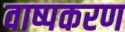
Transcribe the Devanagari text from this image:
वाष्पकरण